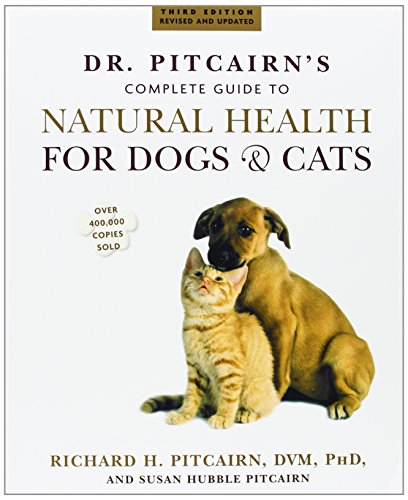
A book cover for Dr. Pitcairn's Complete Guide to Natural Health for Dogs & Cats; Richard H. Pitcairn; Crafts, Hobbies & Home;